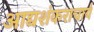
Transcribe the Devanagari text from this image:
आद्यशंकराचार्य